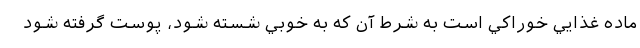
ماده غذايي خوراكي است به شرط آن كه به خوبي شسته شود، پوست گرفته شود